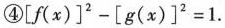
④ $$[ f ( x ) ]^{2} - [ g ( x ) ]^{2} = 1$$.